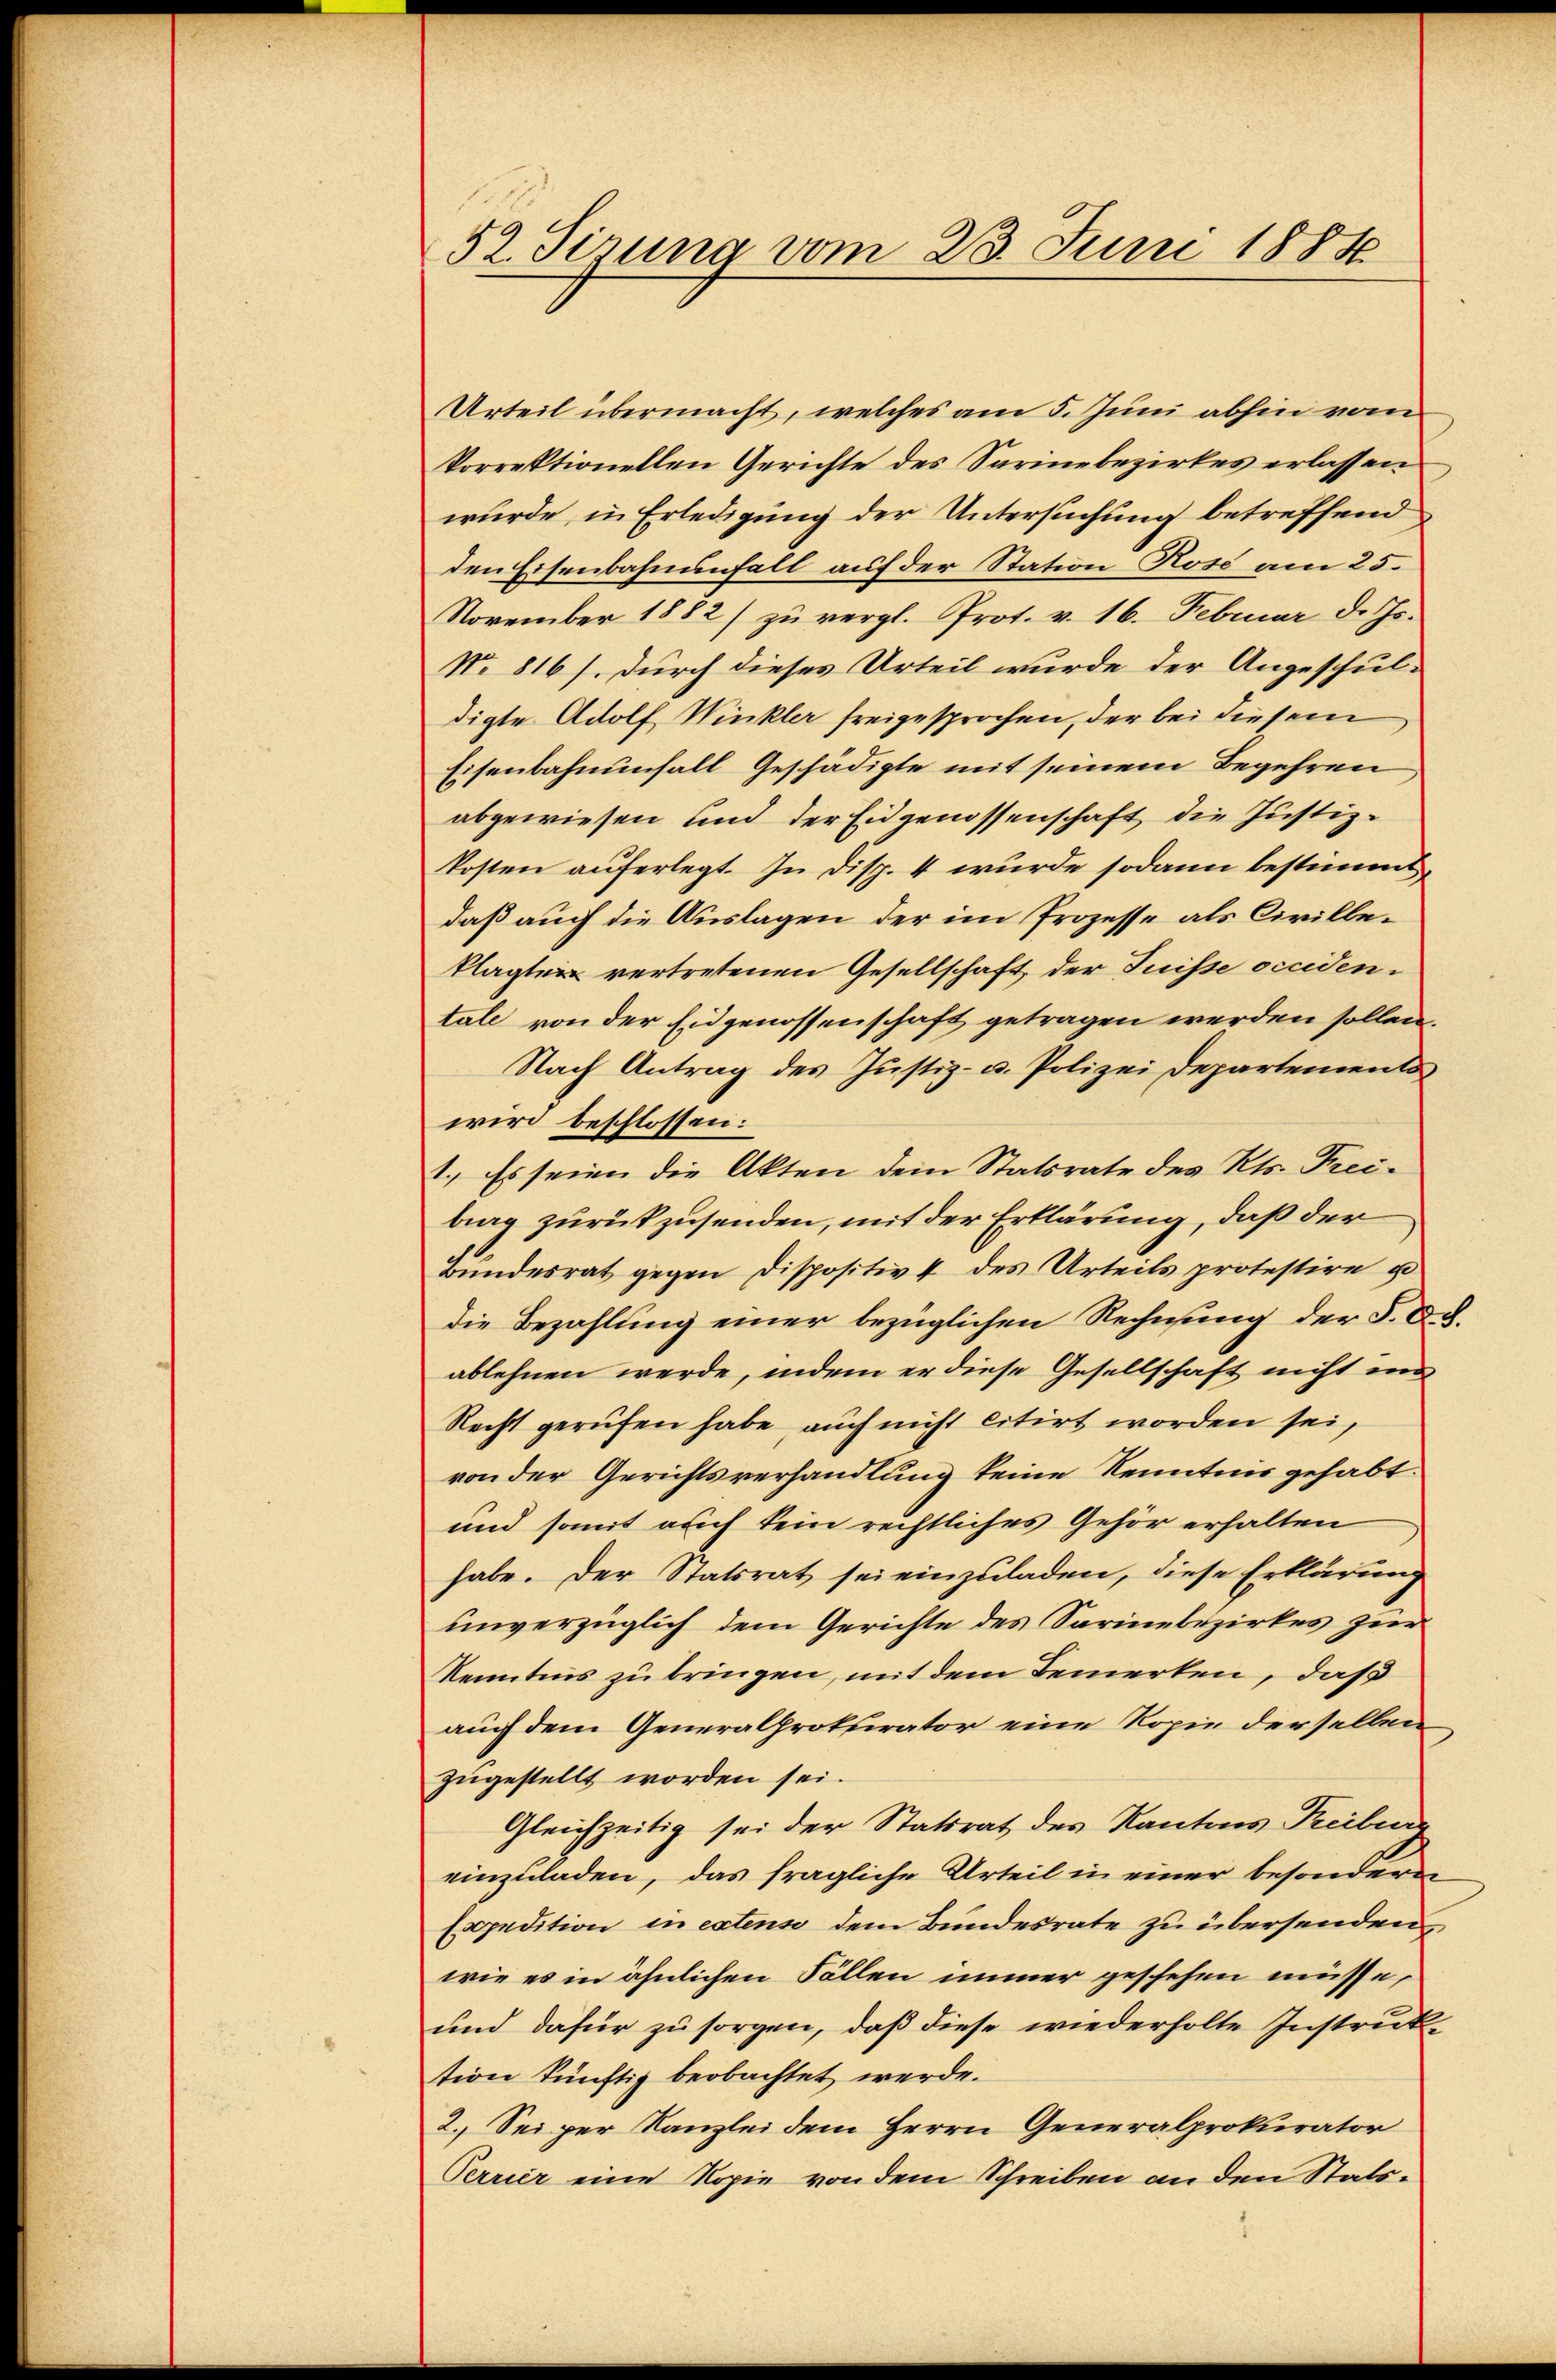
52. Sizung vom 23. Juni 1888

Urteil übermacht, welches am 5. Juni abhin vom
Vorrektionellen Gerichte des Sarinebezirkes erlassen
wurde, in Erledigung der Untersuchung betreffend
den Eisenbahnenfall auf der Station Rose am 25.
November 1882/ zu vergl. Prot. v. 16. Februar d. Js.
No. 816 /. durch dieses Urteil wurde der Angeschuldigte Adolf Winkler freigesprochen, der bei diesem
Eisenbahnunfall Geschädigte mit seinem Begehren
abgewiesen und der Eidgenossenschaft die Justizkosten auferlegt. In Disp. 4 wurde sodann bestimmt,
daß auch die Auslagen der im Prozesse als Civilleklagten vertretenen Gesellschaft der Juisse occiden.
tale von der Eidgenossenschaft getragen werden sollen.
Nach Antrag des Justiz- u. Polizei Departements
wird beschlossen:
1.) Es seien die Akten dem Statsrate des Kts. Freibrag zurückzusenden, mit der Erklärung, daß der
Bŭndesrat gegen Dispositiv 4 des Urteils protestire u
die Bezahlung einer bezüglichen Rechnung der 5. d. d.
ablehnen werde, indem er diese Gesellschaft nicht un
Recht gerufen habe auch nicht citirt worden sei,
von der Gerichtsverhandlung keine Kenntnis gehabt.
und somit auch kein rechtliches Gehör erhalten
habe. Der Statsrat sei einzuladen, diese Erklärung
unverzüglich dem Gerichte des Sarinebezirkes zur
Kenntnis zu bringen, mit dem Bemerken, daß
auch dem Generalprokurator eine Kopie derselben
zugestellt worden sei.
Gleichzeitig sei der Statsrat des Kantons Treibera
einzuladen, das fragliche Urteil in einer besonderen
Expedition in extens dem Bundesrate zu übersenden
wie es in ähnlichen Fällen immer geschehen müsse,
und dafür zu sorgen, daß diese wiederholte Instruk-
tion künftig beobachtet werde.
2. Sei per Kanzlei dem Herrn Generalprokurator
Perrier eine Kopie von dem Schreiben an den Stats¬